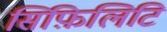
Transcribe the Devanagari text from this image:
सिफ़िलिटि